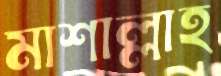
মাশাল্লাহ